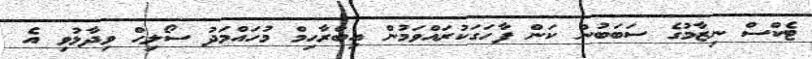
ޓެކްސް ނިޒާމުގެ ސަބަބުން ކަން ފާހަގަކުރައްވަމުން އިބްރާހިމް މުހައްމަދު ސޯލިހް ވިދާޅުވި އެ